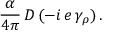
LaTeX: \frac { \alpha } { 4 \pi } \, D \, ( - i \, e \, \gamma _ { \rho } ) \, .